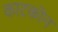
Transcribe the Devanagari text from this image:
काटकॊन